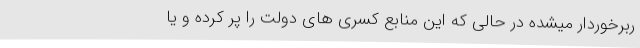
ربرخوردار میشده در حالی که این منابع کسری های دولت را پر کرده و یا